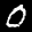
Label: 0